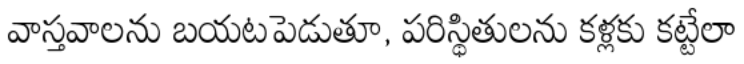
వాస్తవాలను బయటపెడుతూ, పరిస్థితులను కళ్లకు కట్టేలా